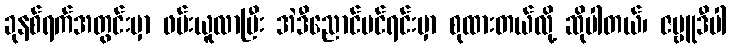
ခုနစ်ရက်အတွင်းမှာ ဖမ်းယူလာပြီး အဲဒီညောင်ပင်ရင်းမှာ စုထားတယ်လို့ ဆိုပါတယ်၊ ဇမ္ဗူဒီပါ